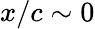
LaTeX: x/c\sim 0